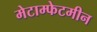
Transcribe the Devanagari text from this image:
मेटाम्फेटमीन